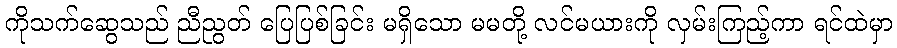
ကိုသက်ဆွေသည် ညီညွတ် ပြေပြစ်ခြင်း မရှိသော မမတို့ လင်မယားကို လှမ်းကြည့်ကာ ရင်ထဲမှာ